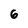
Character: 6